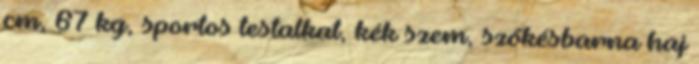
cm, 67 kg, sportos testalkat, kék szem, szőkésbarna haj